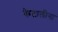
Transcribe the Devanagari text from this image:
कैटालीना